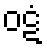
ဝဋံ